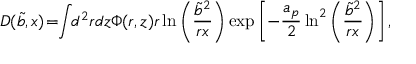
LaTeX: D ( \tilde { b } , x ) \! = \! \! \int \! \! d ^ { 2 } r d z \Phi ( r , z ) r \ln \left( { \frac { \tilde { b } ^ { 2 } } { r x } } \right) \exp \left[ - { \frac { a _ { p } } { 2 } } \ln ^ { 2 } \left( { \frac { \tilde { b } ^ { 2 } } { r x } } \right) \right] ,